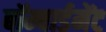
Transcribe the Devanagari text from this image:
बॉम्बार्डमेंट